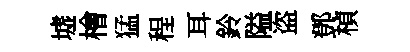
墟檜猛程耳鈴隘盗鄧楨